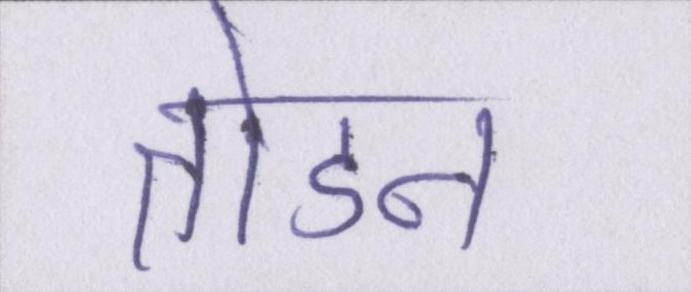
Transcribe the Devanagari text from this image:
तोडने